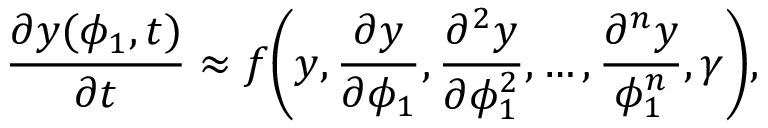
\frac { \partial y ( \phi _ { 1 } , t ) } { \partial t } \approx f \bigg ( y , \frac { \partial y } { \partial \phi _ { 1 } } , \frac { \partial ^ { 2 } y } { \partial \phi _ { 1 } ^ { 2 } } , \ldots , \frac { \partial ^ { n } y } { \phi _ { 1 } ^ { n } } , \gamma \bigg ) ,